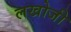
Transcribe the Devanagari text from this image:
लखोजी